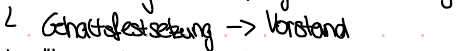
Gehaltsfestsetzung -> Vorstand